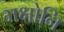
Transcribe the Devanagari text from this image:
भक्षोनि